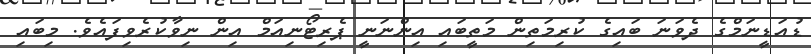
ޑުއަޑީނަމްގެ ދެވަނަ ބައިގެ ކުރިމަތިން މަތީބައި އިންނަނީ ޕެރިޓޯނިއަމް އިން ނިވާކުރެވިފައެވެ. މިބައި